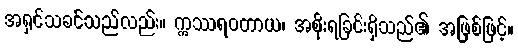
အရှင်သခင်သည်လည်း။ ဣဿရဝတာယ၊ အစိုးရခြင်းရှိသည်၏ အဖြစ်ဖြင့်။